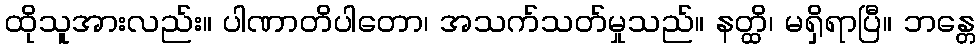
ထိုသူအားလည်း။ ပါဏာတိပါတော၊ အသက်သတ်မှုသည်။ နတ္ထိ၊ မရှိရာပြီ။ ဘန္တေ